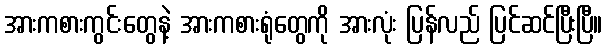
အားကစားကွင်းတွေနဲ့ အားကစားရုံတွေကို အားလုံး ပြန်လည် ပြင်ဆင်ပြီးပြီ။